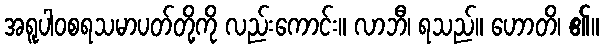
အရူပါဝစရသမာပတ်တို့ကို လည်းကောင်း။ လာဘီ၊ ရသည်။ ဟောတိ၊ ၏။